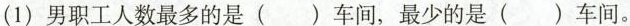
(1)男职工人数最多的是( )车间，最少的是( )车间。